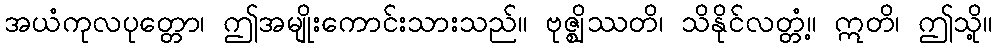
အယံကုလပုတ္တော၊ ဤအမျိုးကောင်းသားသည်။ ဗုဇ္ဈိဿတိ၊ သိနိုင်လတ္တံ့။ ဣတိ၊ ဤသို့။